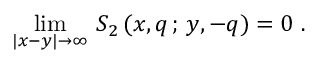
\operatorname * { l i m } _ { | x - y | \rightarrow \infty } \, S _ { 2 } \, ( x , q \, ; \, y , - q ) = 0 \ .